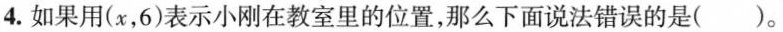
4.如果用(x，6)表示小刚在教室里的位置，那么下面说法错误的是()。